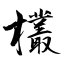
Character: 欉